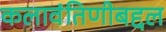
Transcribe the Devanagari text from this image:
कलावंतिणीबद्दल